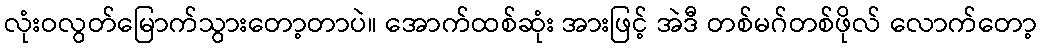
လုံးဝလွတ်မြောက်သွားတော့တာပဲ။ အောက်ထစ်ဆုံး အားဖြင့် အဲဒီ တစ်မဂ်တစ်ဖိုလ် လောက်တော့